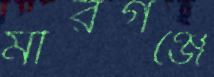
মীরগঞ্জে